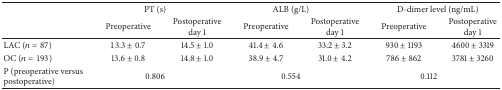
|  | <COLSPAN=2> PT (s) | <COLSPAN=2> ALB (g/L) | <COLSPAN=2> D-dimer level (ng/mL) |
 |  | Preoperative | Postoperative day 1 | Preoperative | Postoperative day 1 | Preoperative | Postoperative day 1 |
 | --- | --- | --- | --- | --- | --- | --- |
 | LAC (n = 87) | 13.3 ± 0.7 | 14.5 ± 1.0 | 41.4 ± 4.6 | 33.2 ± 3.2 | 930 ± 1193 | 4600 ± 3319 |
 | OC (n = 193) | 13.6 ± 0.8 | 14.8 ± 1.0 | 38.9 ± 4.7 | 31.0 ± 4.2 | 786 ± 862 | 3781 ± 3260 |
 | P (preoperative versus postoperative) | <COLSPAN=2> 0.806 | <COLSPAN=2> 0.554 | <COLSPAN=2> 0.112 |